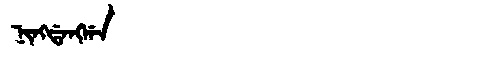
Manchu: ᠨᡳᠩᡩᠠᠩᡤᠠ
Romanization: NINGDANGGA